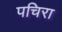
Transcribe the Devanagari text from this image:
पचिरा